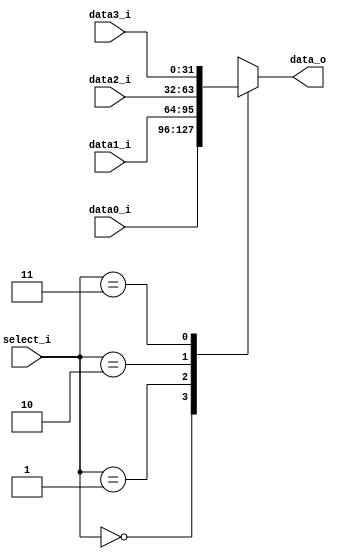
module MUX_4to1
(
    select_i,
    data0_i,
    data1_i,
    data2_i,
    data3_i,
    data_o
);
//*****************************************************************************
    // I/O Port Declaration
    input  wire [ 2-1:0] select_i; // Select
    input  wire [32-1:0] data0_i;  // Mux Data 0
    input  wire [32-1:0] data1_i;  // Mux Data 1
    input  wire [32-1:0] data2_i;  // Mux Data 2
    input  wire [32-1:0] data3_i;  // Mux Data 3
    output reg  [32-1:0] data_o;   // Mux output
//*****************************************************************************
// Block: MUX select
    always @(*)
    begin
        case (select_i)
            2'b00:   data_o = data0_i;
            2'b01:   data_o = data1_i;
            2'b10:   data_o = data2_i;
            2'b11:   data_o = data3_i;
            default: data_o = 32'd0; // None
        endcase 
    end
//*****************************************************************************
endmodule